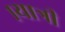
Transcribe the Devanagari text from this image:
१यात्री